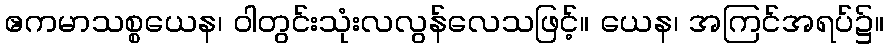
ဧကမာသစ္စယေန၊ ဝါတွင်းသုံးလလွန်လေသဖြင့်။ ယေန၊ အကြင်အရပ်၌။